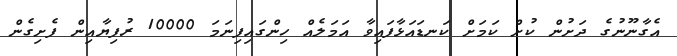
އެގާނޫނުގެ ދަށުން ކުށް ކަމަށް ކަނޑައަޅާފައިވާ އަމަލެއް ހިންގައިފިނަމަ 10000 ރުފިޔާއިން ފެށިގެން